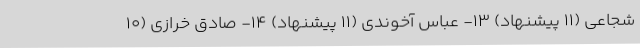
شجاعی (۱۱ پیشنهاد) ۱۳- عباس آخوندی (۱۱ پیشنهاد) ۱۴- صادق خرازی (۱۰